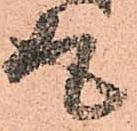
取